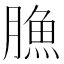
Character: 䐳